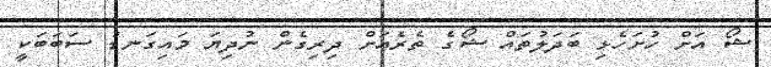
ޝޯ އަށް ހުށަހެޅި ބަދަލުތައް ޝޯގެ ތެރެއަށް ދިރިގެން ނުދިޔަ މައިގަނޑު ސަބަބަކީ